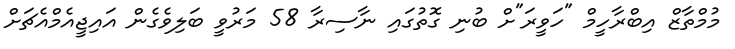
މުމްތާޒް އިބްރާހީމް "ހަވީރަ"ށް ބުނި ގޮތުގައި ނާސިރާ 58 މަރުވީ ބަލިވެގެން އައިޖީއެމްއެޗަށް